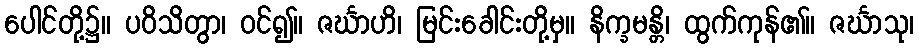
ပေါင်တို့၌။ ပဝိသိတွာ၊ ဝင်၍။ ဇင်္ဃာဟိ၊ မြင်းခေါင်းတို့မှ။ နိက္ခမန္တိ၊ ထွက်ကုန်၏။ ဇင်္ဃာသု၊